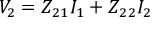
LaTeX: V _ { 2 } = Z _ { 2 1 } I _ { 1 } + Z _ { 2 2 } I _ { 2 }